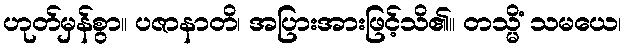
ဟုတ်မှန်စွာ။ ပဇာနာတိ၊ အပြားအားဖြင့်သိ၏။ တသ္မိံ သမယေ၊